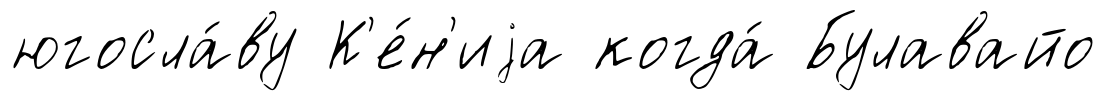
югосла́ву К'е́н'иjа когда́ Булавайо